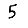
Digit: 5